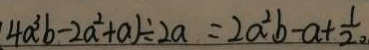
( 4 a ^ { 3 } b - 2 a ^ { 2 } + a ) \div 2 a = 2 a ^ { 2 } b - a + \frac { 1 } { 2 。 }